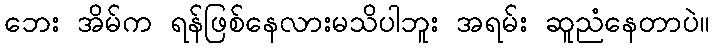
ဘေး အိမ်က ရန်ဖြစ်နေလားမသိပါဘူး အရမ်း ဆူညံနေတာပဲ။